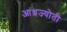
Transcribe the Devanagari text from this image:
आंध्रज्योती